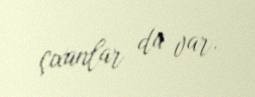
çıxanlar da var.